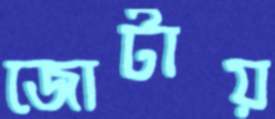
জোটায়